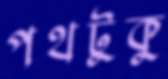
পথটুকু